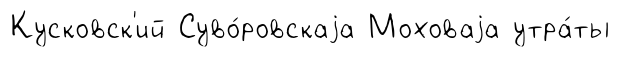
Кусковск'ий Суво́ровскаjа Моховаjа утра́ты